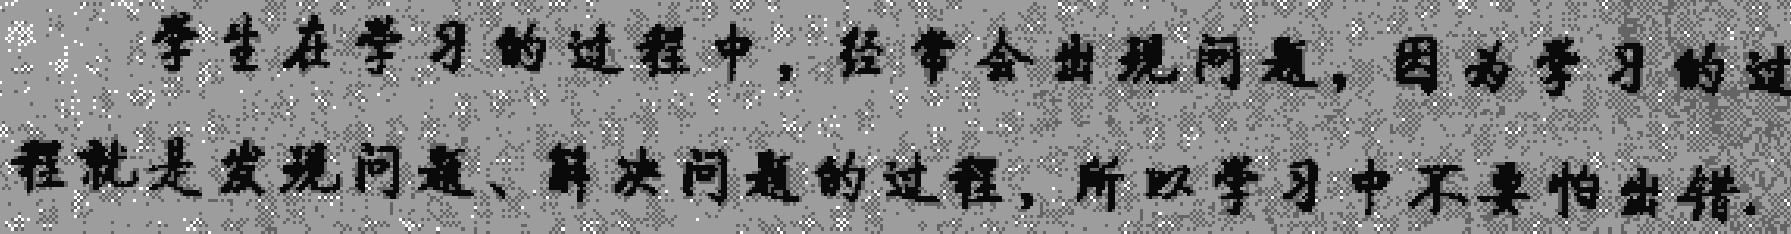
学生在学习的过程中，经常会出现问题，因为学习的过程就是发现问题、解决问题的过程，所以学习中不要怕出错.